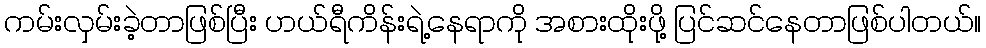
ကမ်းလှမ်းခဲ့တာဖြစ်ပြီး ဟယ်ရီကိန်းရဲ့နေရာကို အစားထိုးဖို့ ပြင်ဆင်နေတာဖြစ်ပါတယ်။